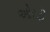
ઓરડી